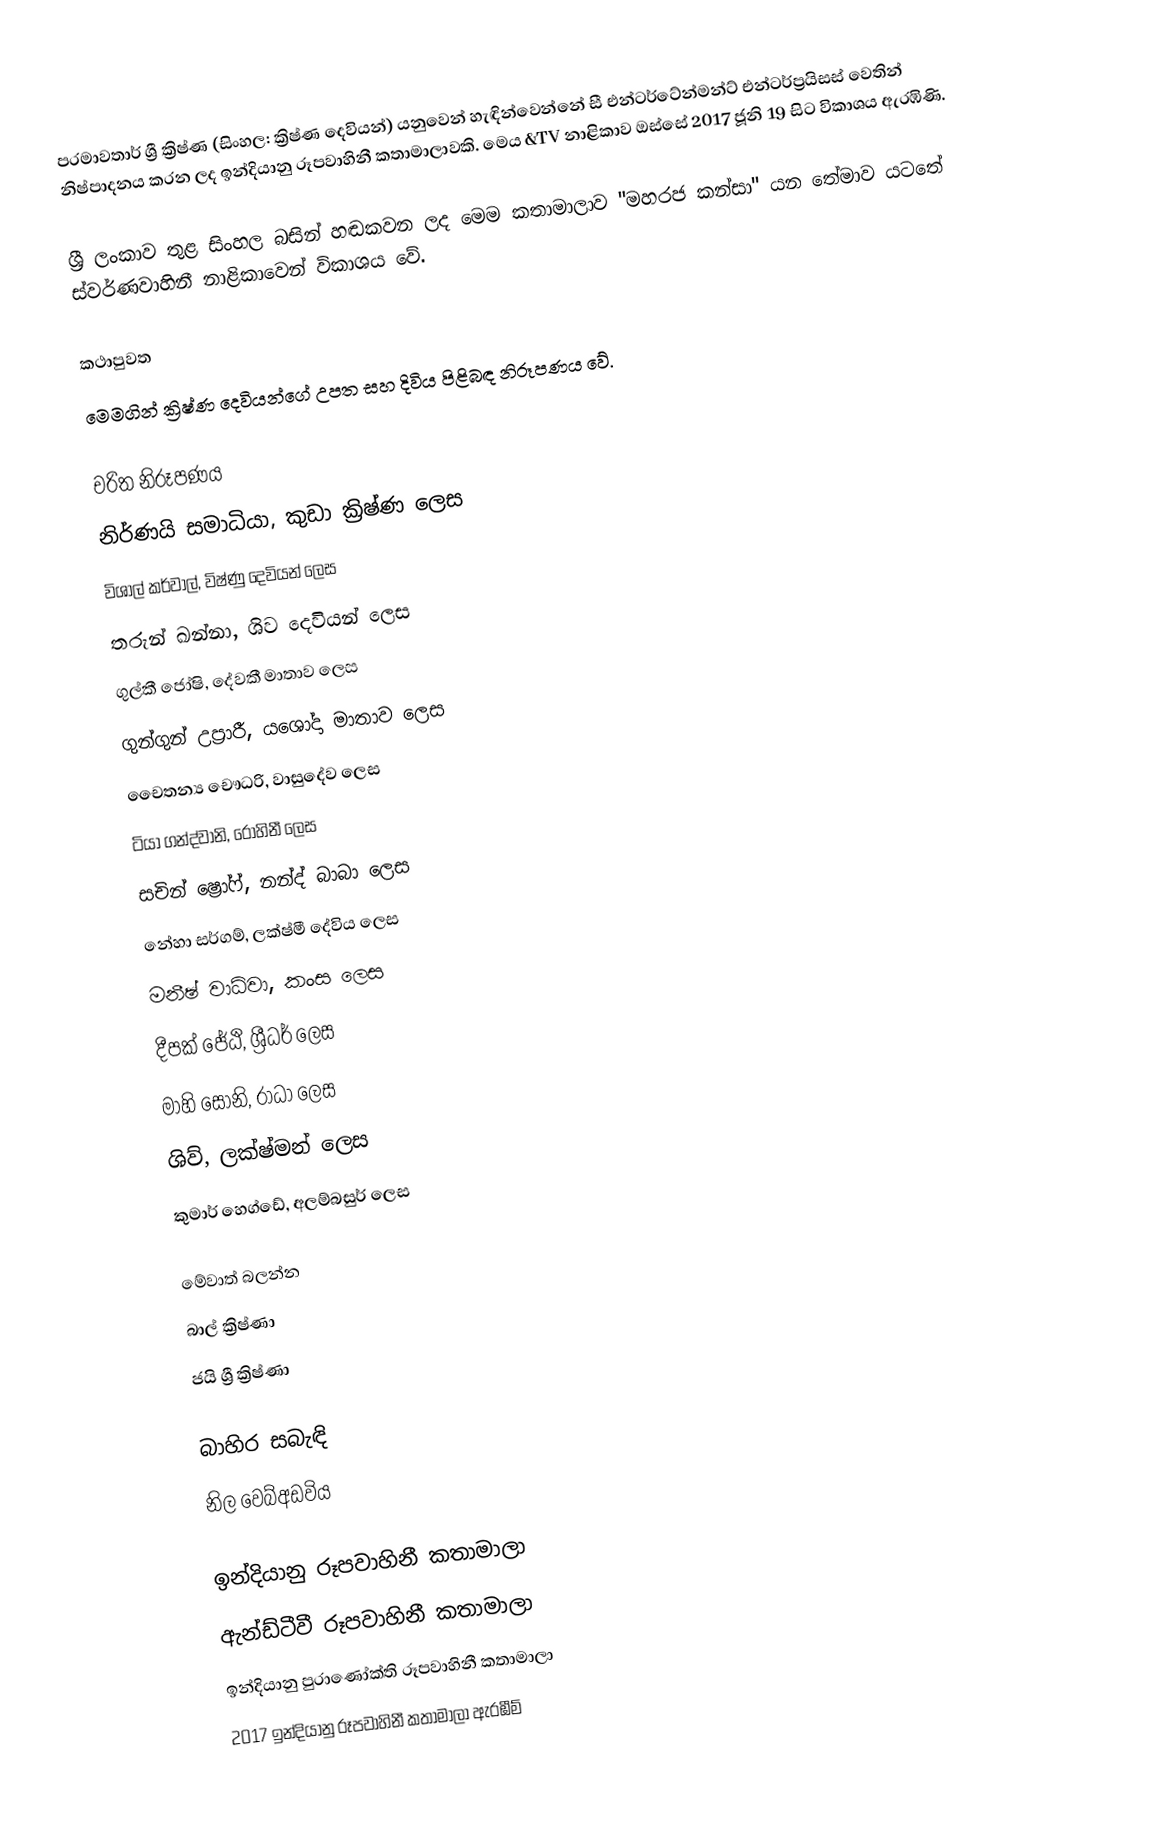
පරමාවතාර් ශ්‍රී ක්‍රිෂ්ණ (සිංහල: ක්‍රිෂ්ණ දෙවියන්) යනුවෙන් හැඳින්වෙන්නේ සී එන්ටර්ටේන්මන්ට් එන්ටර්ප්‍රයිසස් වෙතින් නිෂ්පාදනය කරන ලද ඉන්දියානු රූපවාහිනී කතාමාලාවකි. මෙය &TV නාළිකාව ඔස්සේ 2017 ජූනි 19 සිට විකාශය ඇරඹිණි.

ශ්‍රී ලංකාව තුළ සිංහල බසින් හඬකවන ලද මෙම කතාමාලාව "මහරජ කන්සා" යන තේමාව යටතේ ස්වර්ණවාහිනී නාළිකාවෙන් විකාශය වේ.

කථාපුවත
මෙමගින් ක්‍රිෂ්ණ දෙවියන්ගේ උපත සහ දිවිය පිළිබඳ නිරූපණය වේ.

චරිත නිරූපණය
නිර්ණයි සමාධියා, කුඩා ක්‍රිෂ්ණ ලෙස
 විශාල් කර්වාල්, විෂ්ණු දෙවියන් ලෙස
 තරුන් ඛන්නා, ශිව දෙවියන් ලෙස
 ගුල්කී ජෝෂි, දේවකී මාතාව ලෙස
 ගුන්ගුන් උප්‍රාරී, යශෝදා මාතාව ලෙස
 චෛතන්‍ය චෞධරි, වාසුදේව ලෙස
 ටියා ගන්ද්වානි, රෝහිනී ලෙස
 සචින් ෂ්‍රෝෆ්, නන්ද් බාබා ලෙස
 නේහා සර්ගම්, ලක්ෂ්මී දේවිය ලෙස
 මනීෂ් වාධ්වා, කංස ලෙස
 දීපක් ජේඨි, ශ්‍රීධර් ලෙස
මාහි සෝනි, රාධා ලෙස
ශිව්, ලක්ෂ්මන් ලෙස
කුමාර් හෙග්ඩේ, අලම්බසුර් ලෙස

මේවාත් බලන්න
බාල් ක්‍රිෂ්ණා
ජයි ශ්‍රී ක්‍රිෂ්ණා

බාහිර සබැඳි
නිල වෙබ්අඩවිය

ඉන්දියානු රූපවාහිනී කතාමාලා
ඇන්ඩ්ටීවී රූපවාහිනී කතාමාලා
ඉන්දියානු පුරාණෝක්ති රූපවාහිනී කතාමාලා
2017 ඉන්දියානු රූපවාහිනී කතාමාලා ඇරඹීම්